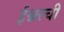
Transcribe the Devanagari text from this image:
ईश्वरची